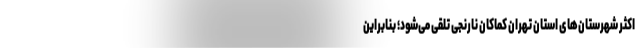
اکثر شهرستان‌های استان تهران کماکان نارنجی تلقی می‌شود؛ بنابراین